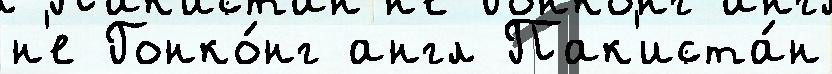
н'е Гонко́нг англ Пак'иста́н